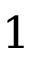
1